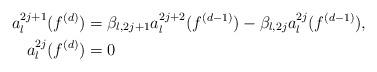
LaTeX: \begin{align*}a_l^{2j+1}(f^{(d)})&=\beta_{l,2j+1}a_l^{2j+2}(f^{(d-1)})-\beta_{l,2j}a_l^{2j}(f^{(d-1)}),\\a_l^{2j}(f^{(d)})&=0\end{align*}